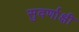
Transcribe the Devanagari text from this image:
सुवर्णाक्षी